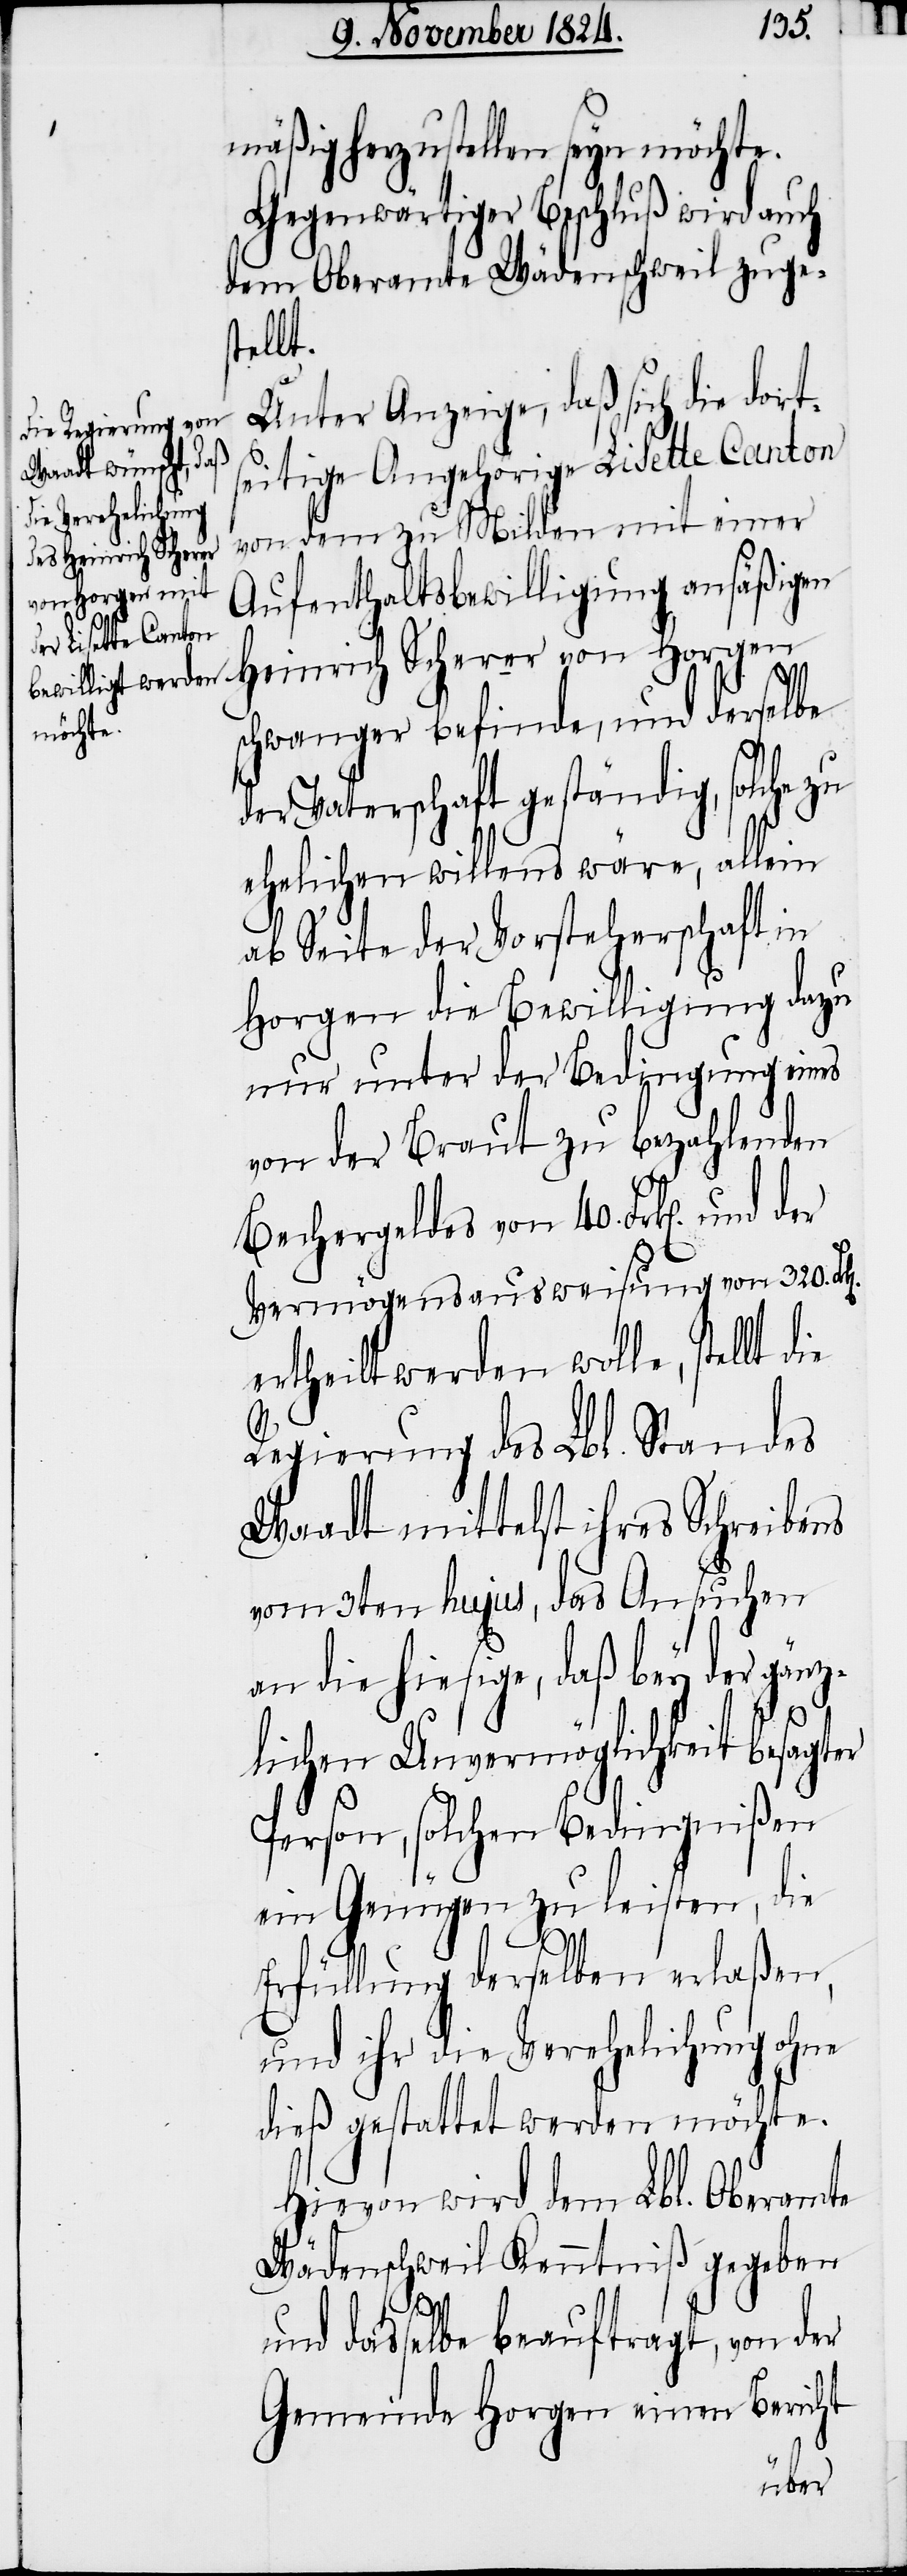
mäßig herzustellen seyn möchte.
Gegenwärtiger Beschluß wird auch
dem Oberamte Wädenschweil zuges¬
tellt.
Unter Anzeige, daß sich die dort¬
seitige Angehörige Lisette Canton
von dem zu Milden mit einer
Aufenthaltsbewilligung ansäßigen
Heinrich Scherer von Horgen
schwanger befinde, und derselbe
der Vaterschaft geständig, solche zu
ehelichen willens wäre, allein
ab Seite der Vorsteherschaft in
Horgen die Bewilligung dazu
nur unter der Bedingung eines
von der Braut zu bezahlenden
Bechergeldes von 40. Frk[en]. und
Vermögensausweisung von 320. Fr¬
ertheilt werden wolle, stellt die
k[en].
Regierung des Lbl. Standes
Waadt mittelst ihres Schreibens
vom 3ten hujus, das Ansuchen
an die hiesige, daß bey der gänz¬
lichen Unvermöglichkeit besagter
Person, solchen Bedingnißen
ein Genügen zu leisten, die
Erfüllung derselben erlaßen,
und ihr die Verehelichung ohne
dieß gestattet werden möchte.
Hievon wird dem Lbl. Oberamte
Wädenschweil Kenntniß gegeben
und dasselbe beauftragt, von der
Gemeinde Horgen einen Bericht
der